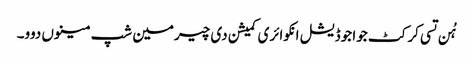
ہُن تسی کرکٹ جوا جوڈیشل انکوائری کمیشن دی چیرمین شپ مینوں دوو۔